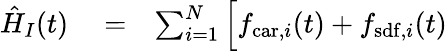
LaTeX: \begin{array}{rlr}{\hat{H}_{I}(t)}&{{}=}&{\sum_{i=1}^{N}\Big[f_{\mathrm{car},i}(t)+f_{\mathrm{sdf},i}(t)}\end{array}